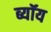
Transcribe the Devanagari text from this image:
ब्यॉय